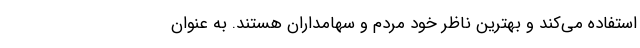
استفاده می‌کند و بهترین ناظر خود مردم و سهامداران هستند. به عنوان